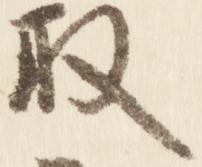
取